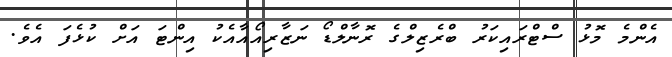
އެންމެ މޮޅު ސްޓްރައިކަރު ބްރެޒިލްގެ ރޮނާލްޑޯ ނަޒާރިއޯއާއެކު އިންޓަ އަށް ކުޅެފަ އެވެ.